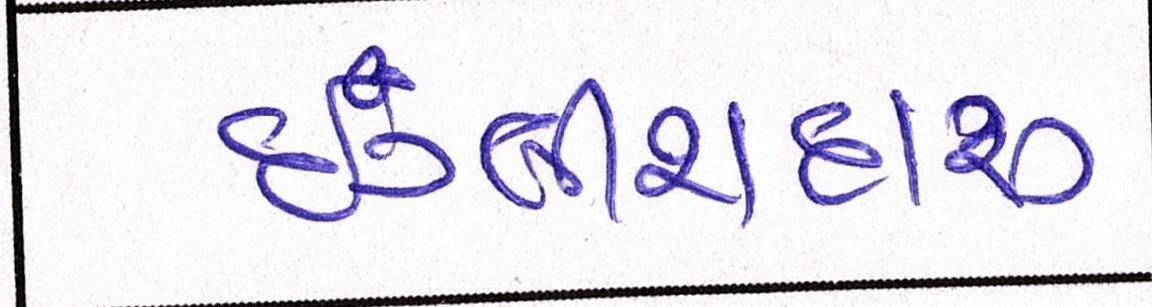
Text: ઇંગ્લીશદારૂ